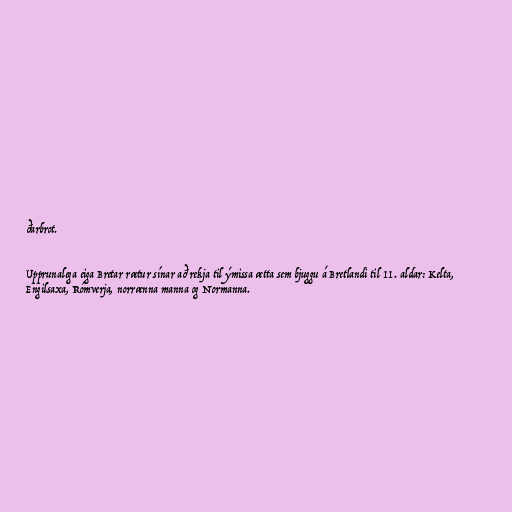
ðarbrot.

Upprunalega eiga Bretar rætur sínar að rekja til ýmissa ætta sem bjuggu á Bretlandi til 11. aldar: Kelta,
Engilsaxa, Rómverja, norrænna manna og Normanna.